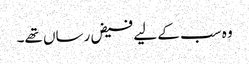
وہ سب کے لیے فیض رساں تھے۔